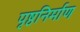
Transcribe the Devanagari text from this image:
पृष्ठनिर्माण